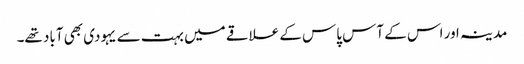
مدینہ اور اس کے آس پاس کے علاقے میں بہت سے یہودی بھی آباد تھے۔